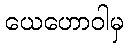
ယေဟောဝါမှ